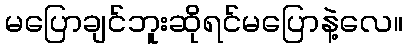
မပြောချင်ဘူးဆိုရင်မပြောနဲ့လေ။